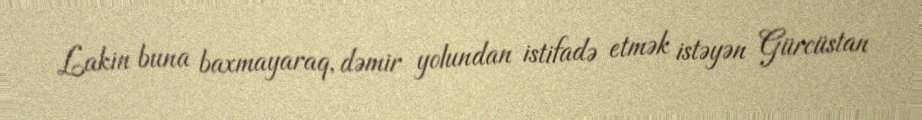
Lakin buna baxmayaraq, dəmir yolundan istifadə etmək istəyən Gürcüstan